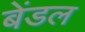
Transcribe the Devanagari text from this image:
बेंडल